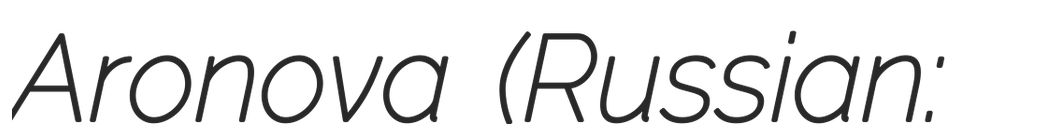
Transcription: Aronova (Russian: Мари́я Вале́рьевна